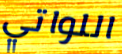
اللواتي